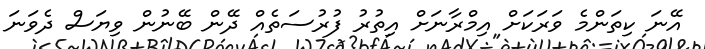
އޭނަ ކިތަންމެ ވަރަކަށް އިމްރާނަށް އިތުރު ފުރުސަތެއް ދޭން ބޭނުން ވިޔަސް ދެވަނަ